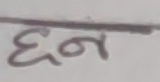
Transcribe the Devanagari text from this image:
घ्न